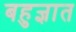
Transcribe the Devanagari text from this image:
बहुज्ञात